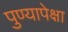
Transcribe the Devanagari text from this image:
पुण्यापेक्षा